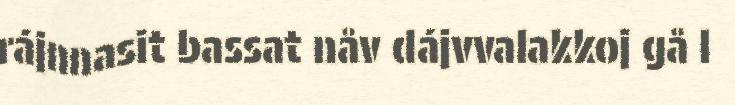
rájnnasit bassat nåv dájvvalakkoj gå l